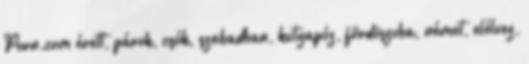
Porn.com érett, párok, csók, szabadban, kutyapóz, fürdöszoba, német, elélvez,